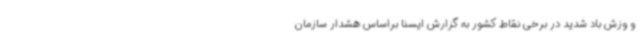
و وزش باد شدید در برخی نقاط کشور به گزارش ایسنا براساس هشدار سازمان